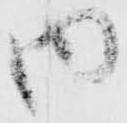
内